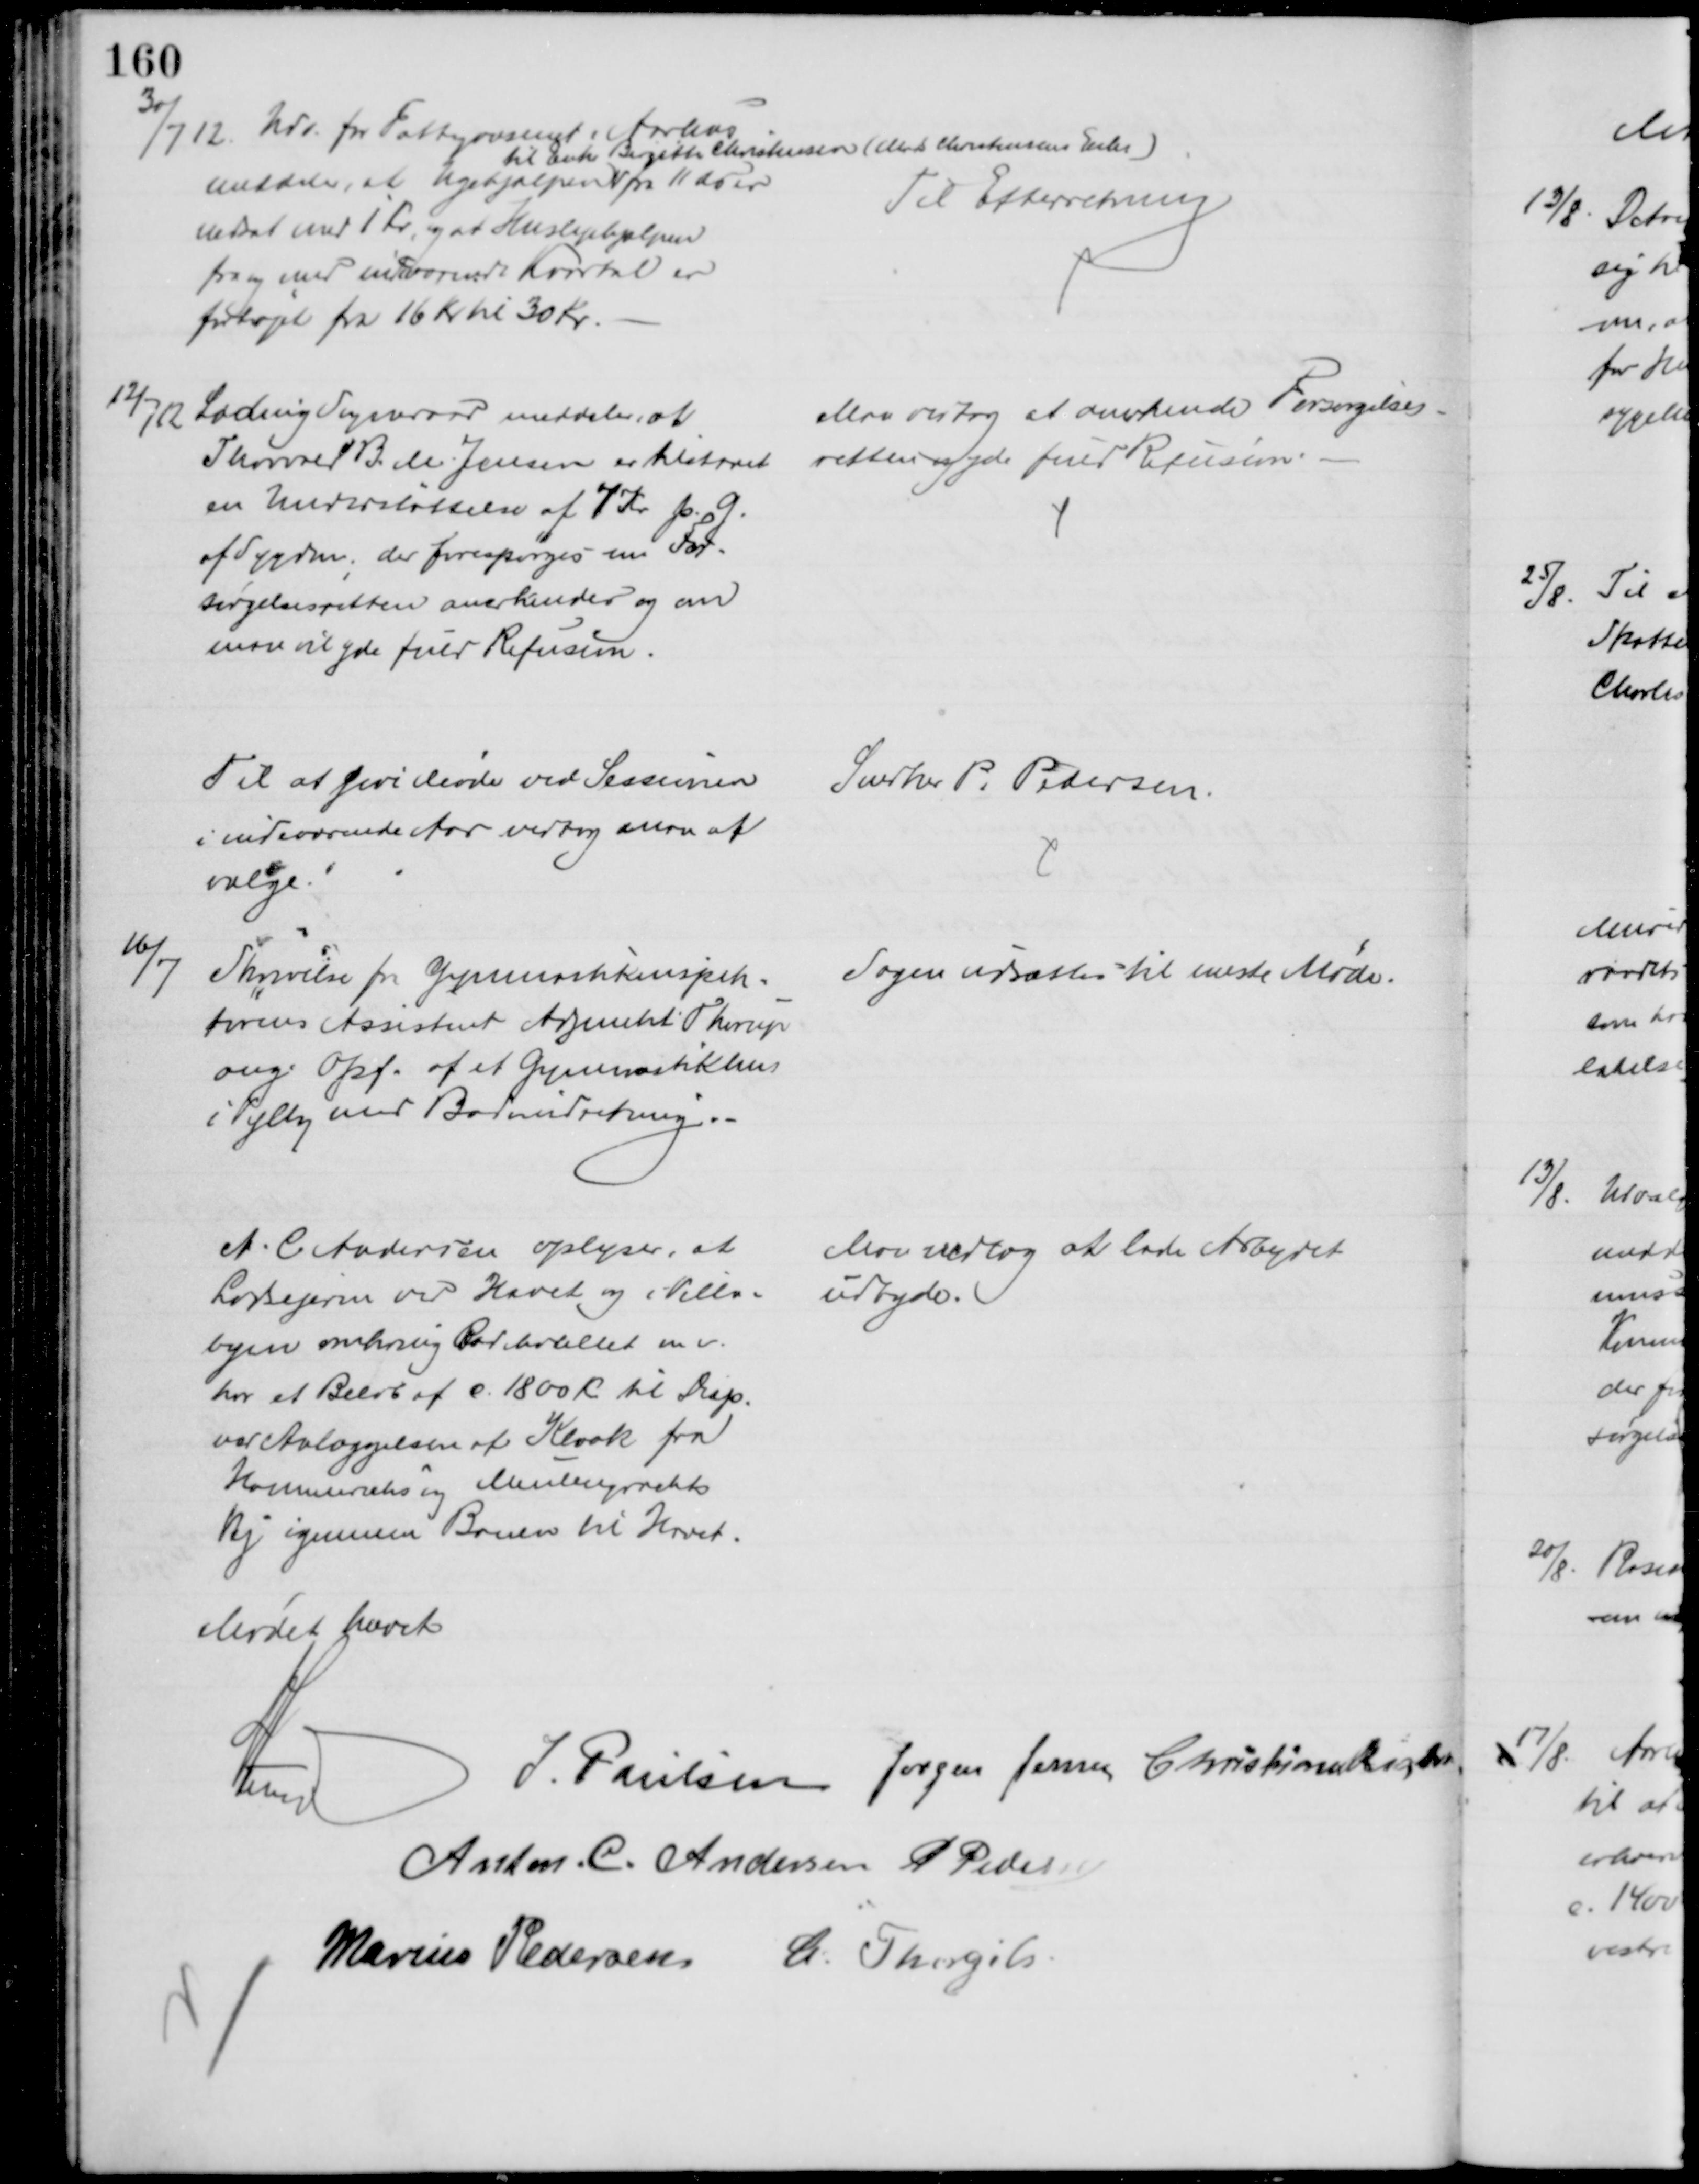
Transskription:
30/7 12. Udv. for Fattigvæsenet i Aarhus
meddeler, at Ugehjælpen
til Enke Birgitte Christensen (Mads Christensens Enke)
fra 11 ds er
nedsat med 1 Kr, og at Huslejehjælpen
fra og med indeværende Kvartal er
forhøjet fra 16 Kr til 30 Kr.
Til Efterretning
12/7 12
Lading Sogneraad meddeler, at
Thorvald B. M Jensen er tilstaaet
en Understøttelse af 7 Kr p. G.
af Sygdom, der forespørges om For-
sørgelsesretten anerkendes og om
man vil yde fuld Refusion.
Man vedtog at anerkende Forsørgelses-
retten og yde fuld Refusion.
Til at give Møde ved Sessionen
i indeværende Aar vedtog man at
vælge.
Snedker P. Pedersen.
16/7
Skrivelse fra Gymnastikinspek=
tørens Assistent Adjunkt Thorup
ang. Opf. af et Gymnastikhus
i Vejlby med Badeindretning.
Sagen udsattes til næste Møde.
A. C. Andersen oplyser, at
Lodsejerne ved Havet og i Villa-
byen omkring Badehotellet m. v.
har et Beløb af c. 1800 Kr til Dep.
ved Anlæggelsen af Kloak fra
Hammerichs og Meulengrachts
Vej igennem Banen til Havet.
Man vedtog at lade Arbejdet
udbyde.
Mødet hævet
A Lund
J. Poulsen Jørgen Jensen Christian Richter
Anton. C. Andersen P Pedersen
Marius Pedersen C. Thorgils